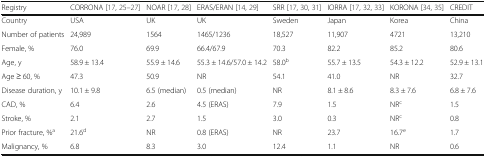
<table><thead><tr><td><b>Registry</b></td><td><b>CORRONA [17, 25–27]</b></td><td><b>NOAR [17, 28]</b></td><td><b>ERAS/ERAN [14, 29]</b></td><td><b>SRR [17, 30, 31]</b></td><td><b>IORRA [17, 32, 33]</b></td><td><b>KORONA [34, 35]</b></td><td><b>CREDIT</b></td></tr></thead><tbody><tr><td>Country</td><td>USA</td><td>UK</td><td>UK</td><td>Sweden</td><td>Japan</td><td>Korea</td><td>China</td></tr><tr><td>Number of patients</td><td>24,989</td><td>1564</td><td>1465/1236</td><td>18,527</td><td>11,907</td><td>4721</td><td>13,210</td></tr><tr><td>Female, %</td><td>76.0</td><td>69.9</td><td>66.4/67.9</td><td>70.3</td><td>82.2</td><td>85.2</td><td>80.6</td></tr><tr><td>Age, y</td><td>58.9 ± 13.4</td><td>55.9 ± 14.6</td><td>55.3 ± 14.6/57.0 ± 14.2</td><td>58.0<sup>b</sup></td><td>55.7 ± 13.5</td><td>54.3 ± 12.2</td><td>52.9 ± 13.1</td></tr><tr><td>Age ≥ 60, %</td><td>47.3</td><td>50.9</td><td>NR</td><td>54.1</td><td>41.0</td><td>NR</td><td>32.7</td></tr><tr><td>Disease duration, y</td><td>10.1 ± 9.8</td><td>6.5 (median)</td><td>0.5 (median)</td><td>NR</td><td>8.1 ± 8.6</td><td>8.3 ± 7.6</td><td>6.8 ± 7.6</td></tr><tr><td>CAD, %</td><td>6.4</td><td>2.6</td><td>4.5 (ERAS)</td><td>7.9</td><td>1.5</td><td>NR<sup>c</sup></td><td>1.5</td></tr><tr><td>Stroke, %</td><td>2.1</td><td>2.7</td><td>1.5</td><td>3.0</td><td>0.3</td><td>NR<sup>c</sup></td><td>0.8</td></tr><tr><td>Prior fracture, %<sup>a</sup></td><td>21.6<sup>d</sup></td><td>NR</td><td>0.8 (ERAS)</td><td>NR</td><td>23.7</td><td>16.7<sup>e</sup></td><td>1.7</td></tr><tr><td>Malignancy, %</td><td>6.8</td><td>8.3</td><td>3.0</td><td>12.4</td><td>1.1</td><td>NR</td><td>0.6</td></tr></tbody></table>